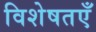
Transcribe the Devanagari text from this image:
विशेषतएँ